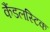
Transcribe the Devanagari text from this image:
कैंडलस्टिक